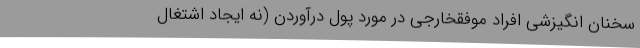
سخنان انگیزشی افراد موفقخارجی در مورد پول درآوردن (نه ایجاد اشتغال